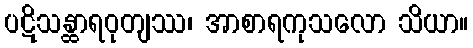
ပဋိသန္ထာရဝုတျဿ၊ အာစာရကုသလော သိယာ။